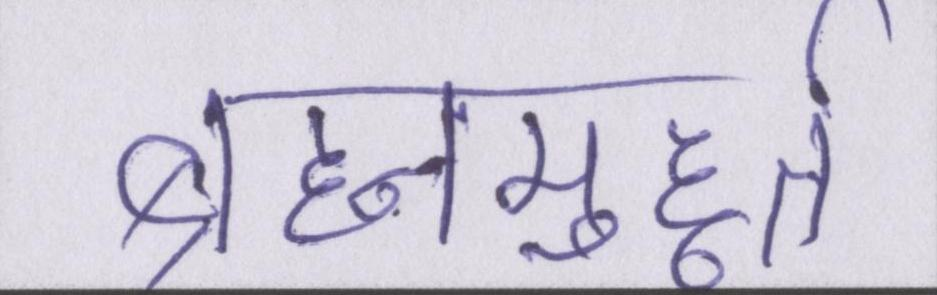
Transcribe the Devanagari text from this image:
ब्रह्ममुहूर्त